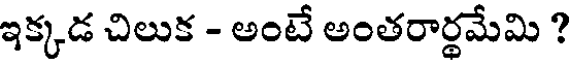
ఇక్కడ చిలుక - అంటే అంతరార్థమేమి ?